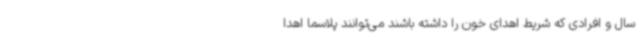
سال و افرادی که شریط اهدای خون را داشته باشند می‌توانند پلاسما اهدا